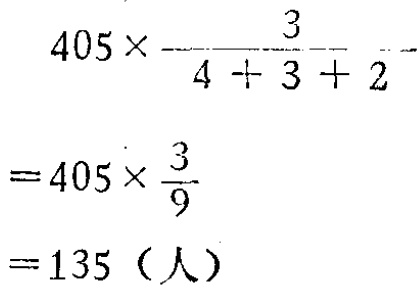
\[
\begin{align*}
&405\times\frac{3}{4 + 3 + 2}\\
=&405\times\frac{3}{9}\\
=&135（人）
\end{align*}
\]